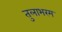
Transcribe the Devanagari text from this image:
तुलाभरम